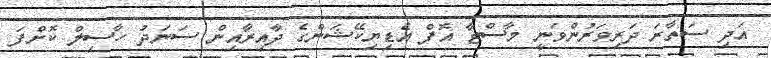
އަދި ސަތާރަ ދަރިވަރުންވަނީ މާސްޓާ އޮފް އެޑިޔިކޭޝަންގެ ދާއިރާއިން ސަނަދު ހާސިލް ކޮށްފަ